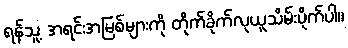
ရန်သူ့ အရင်းအမြစ်များကို တိုက်ခိုက်လုယူသိမ်းပိုက်ပါ။